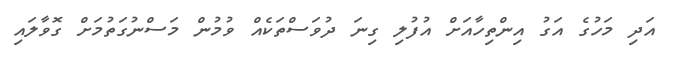
އަދި މަހުގެ އަގު އިންތިހާއަށް އުފުލި ގިނަ ދުވަސްތަކެއް ވުމުން މަސްނުގަތުމަށް ގޮވާލައި